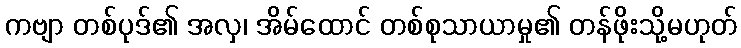
ကဗျာ တစ်ပုဒ်၏ အလှ၊ အိမ်ထောင် တစ်စုသာယာမှု၏ တန်ဖိုးသို့မဟုတ်